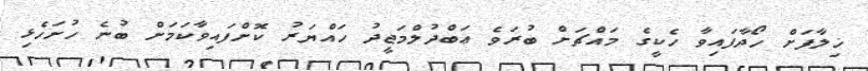
ޚިލާފަށް ހޯދާފައިވާ ހެކީގެ މައްޗަށް ބުރަވެ ޢަބްދުލްމަޖީދު ހައްޔަރު ކޮށްފައިވާކަމަށް ބުނެ ހުށަހެޅި